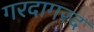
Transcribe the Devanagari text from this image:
गरदागरद